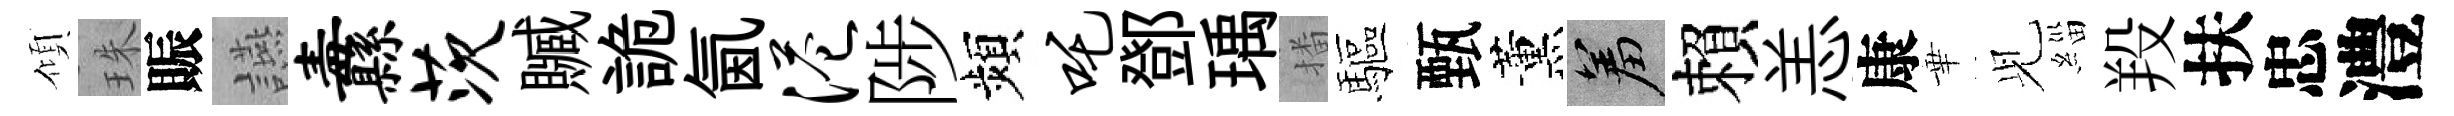
傾珠賑讌纛茨贓詭氤港陟頻吒鄧瑀播驅甄薰羞賴恙康華𫤗緇羖扶忠澧